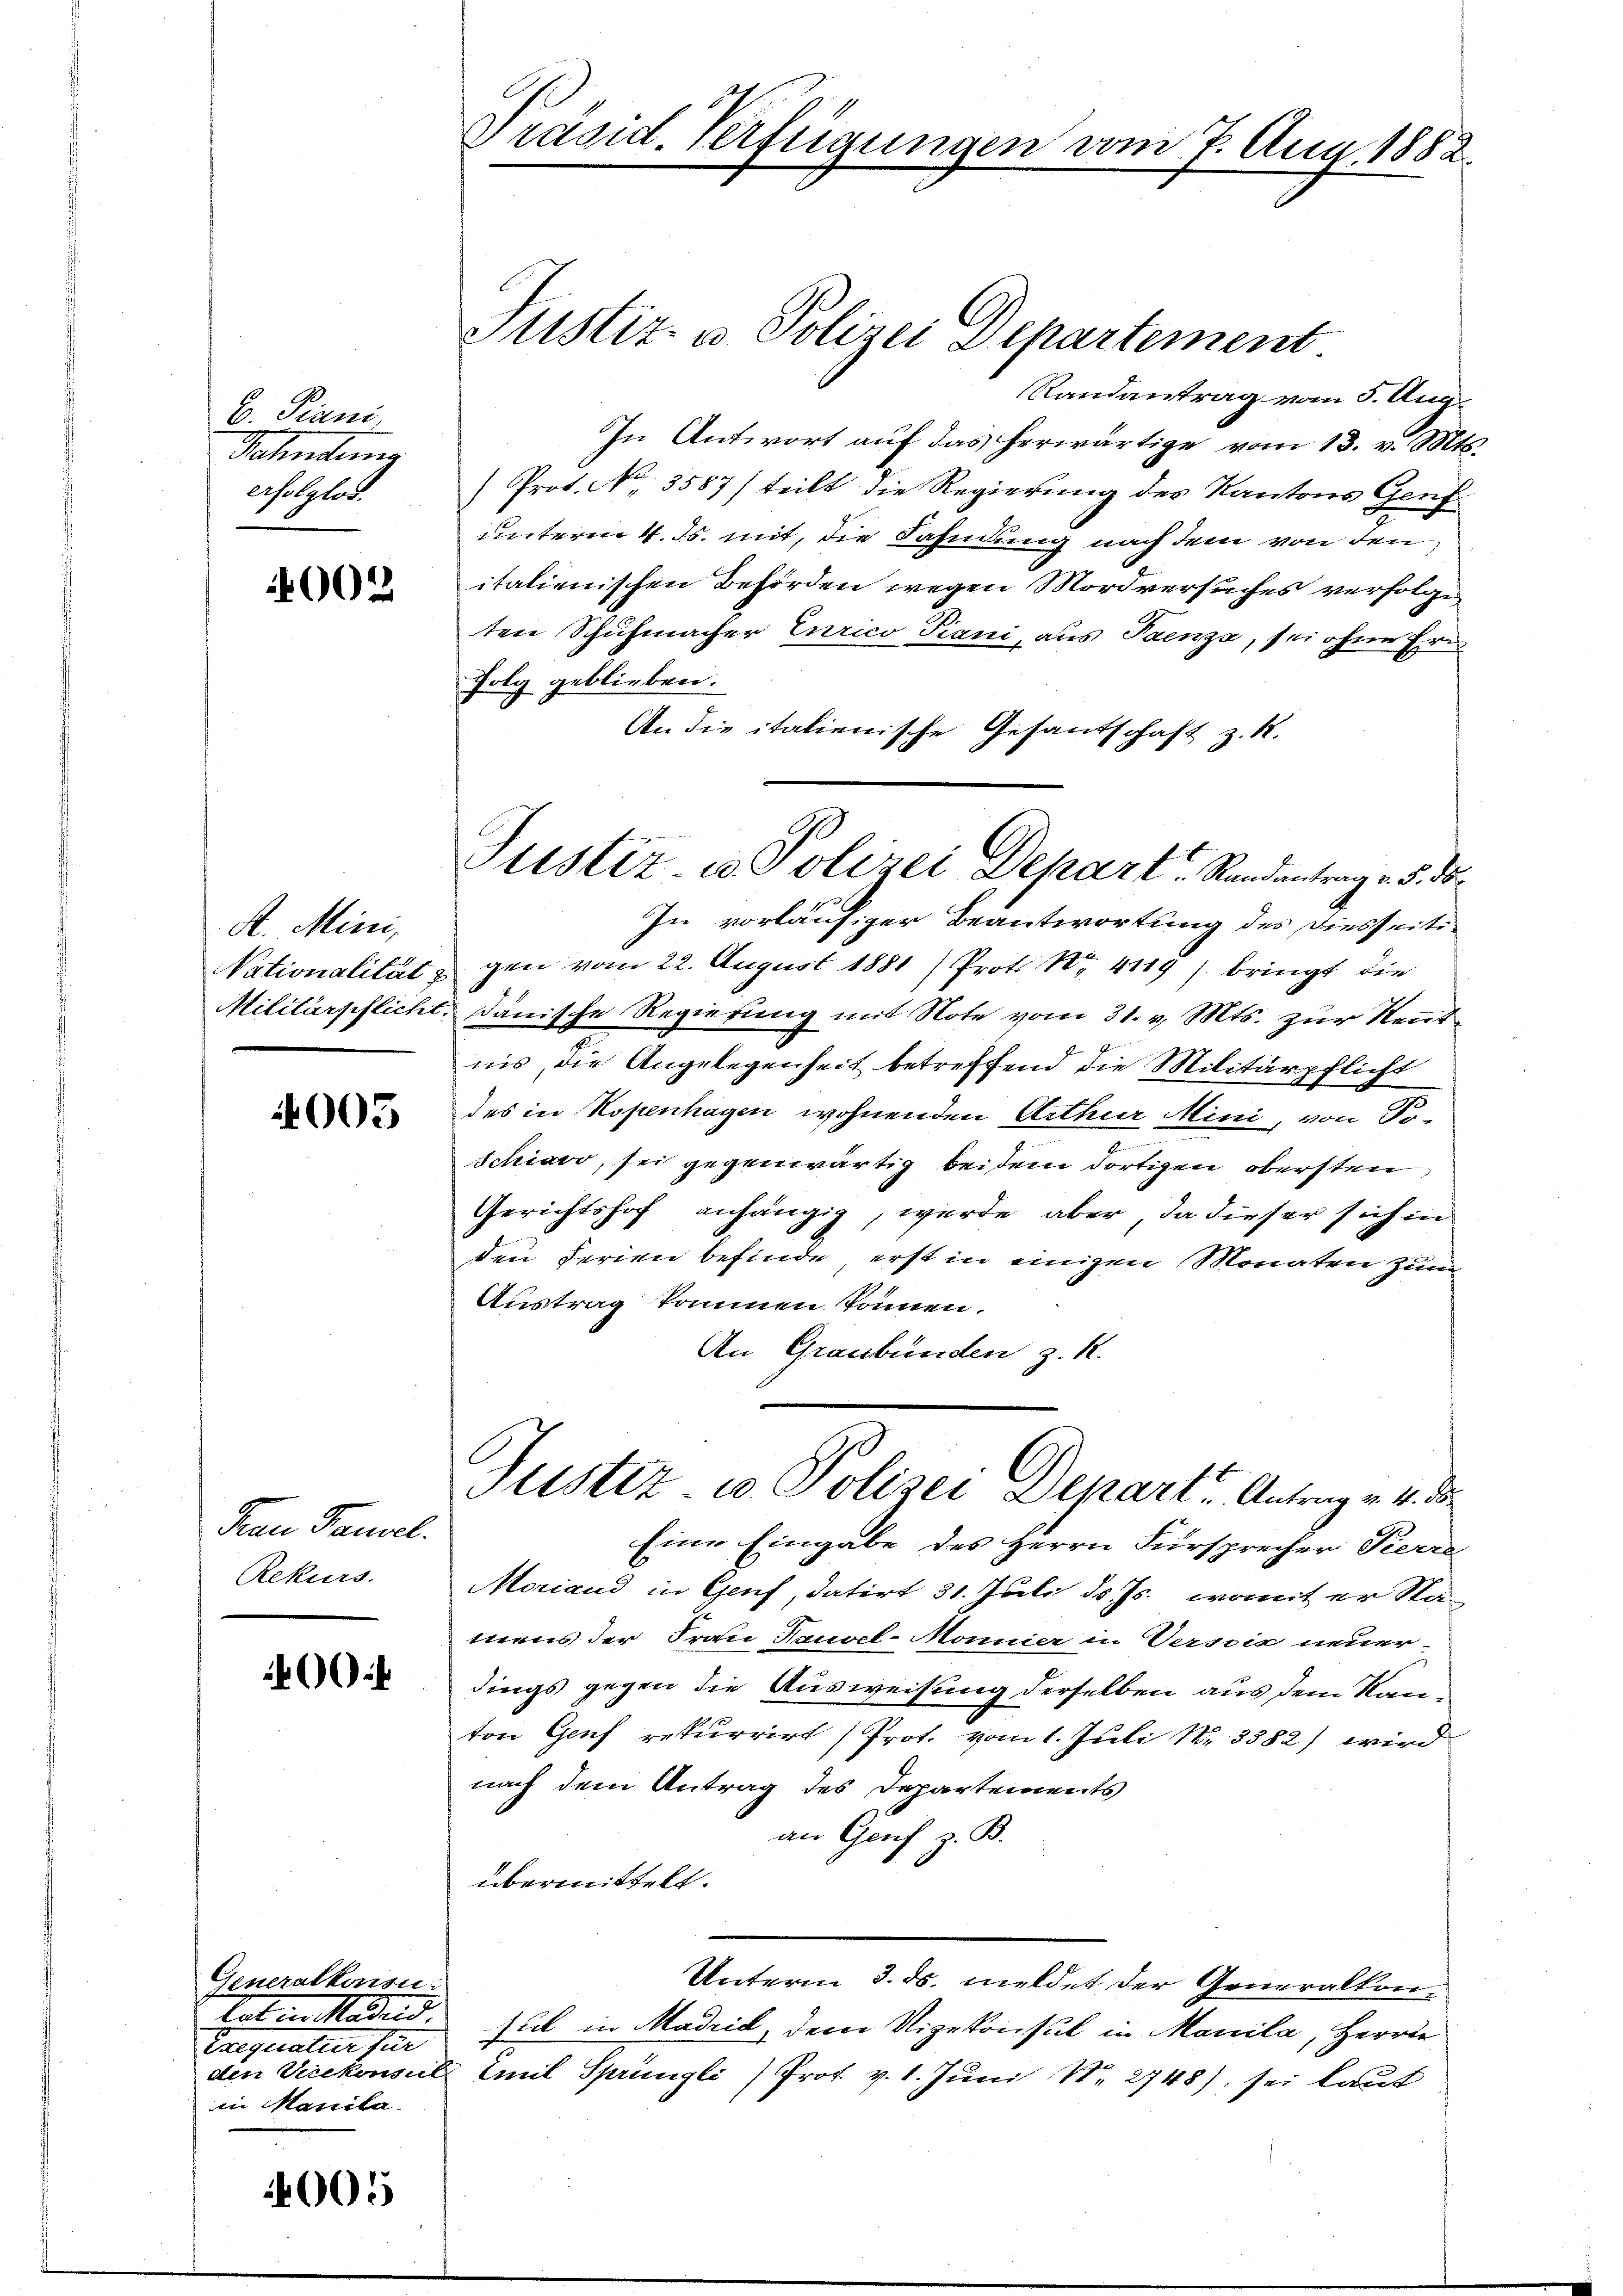
B. Piani,
Behindung
erfolglos.

002

A. Mini,
Nationalität z
Militärpflicht.

4005

Frau Pausel.
Rekurs.

.

Generalkonsun
tet in Morden
Caegeratier für
in Manila

4005

Präsid. Verfügungen vom 7. Aug. 1882.

Justiz- u. Polizei Departement

Randantrag vom 5. Aug.
In Antwort aŭf das herwärtige vom 13. v. Mts.
) Prot. No. 3587) teilt die Regierung des Kantons Genf
unterm 4. Js. mit, die Fahndung nach dem von den
italienischen Behörden wegen Mordversuches verfolge
ten Schuhmacher Eurico Piani, aus Faenza, sei ohne Erifolg geblieben.
An die italienische Gesandschaft z. R.
In vorläufiger Beantwortung des Diesseitigen vom 22. August 1881 / Prot. Nr. 4119) bringt die
b
anische Regierung mit Note vom 31. v. Mts. zur Kenntnis, die Angelegenheit betreffend die Militärpflicht
des in Kopenhagen wohnenden Arthur Mini, von Po-
Schiavo, sei gegenwärtig beidem dortigen obersten
Gerichtshof anhängig, werde aber, da dieser sich in
den Ferien befinde, erst in einigen Monaten zum
Austrag kommen können.
An Graubünden z. R.
Justiz u. Polizei Depart. Antrag v. 4. d.
Eine Eingabe des Herrn Fürsprecher Pierre
Moriand in Genf, datirt 31. Juli d. Js., womit er Nä-
terns der Frau Hausel-Monnier in Verscia neuer
dings gegen die Ausweisung derselben aus dem Kanton Genf rekurrirt (Prot. vom 1. Juli 183582) wird
nach dem Antrag des Departements
an Genf z. B.
übermittelt.
Unterm 3. ds. meldet der Generalkonsul in Madrid, dem Vizekonsul in Manila, Herrn
den Verekonsuls Emil Sprüngli) Prot. v. 1. Juni N. 2748), sei laut

Justiz- u Polizei Depart Randantrag v. 5. ds.